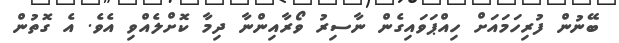
ބޭނުން ފުރިހަމައަށް ހިއްޕަވައިގެން ނާސިރު ވޯރާއިންނާ ދިމާ ކޮށްލެއްވި އެވެ. އެ ގޮތުން